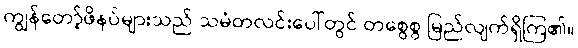
ကျွန်တော့်ဖိနပ်များသည် သမံတလင်းပေါ်တွင် တစွေစွ မြည်လျက်ရှိကြ၏။